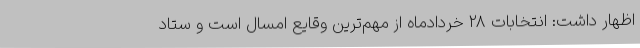
اظهار داشت: انتخابات ۲۸ خردادماه از مهم‌ترین وقایع امسال است و ستاد